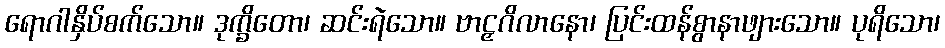
ရောဂါနှိပ်စက်သော။ ဒုက္ခိတော၊ ဆင်းရဲသော။ ဗာဠှဂိလာနော၊ ပြင်းထန်စွာနာဖျားသော။ ပုရိသော၊